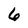
Character: 6